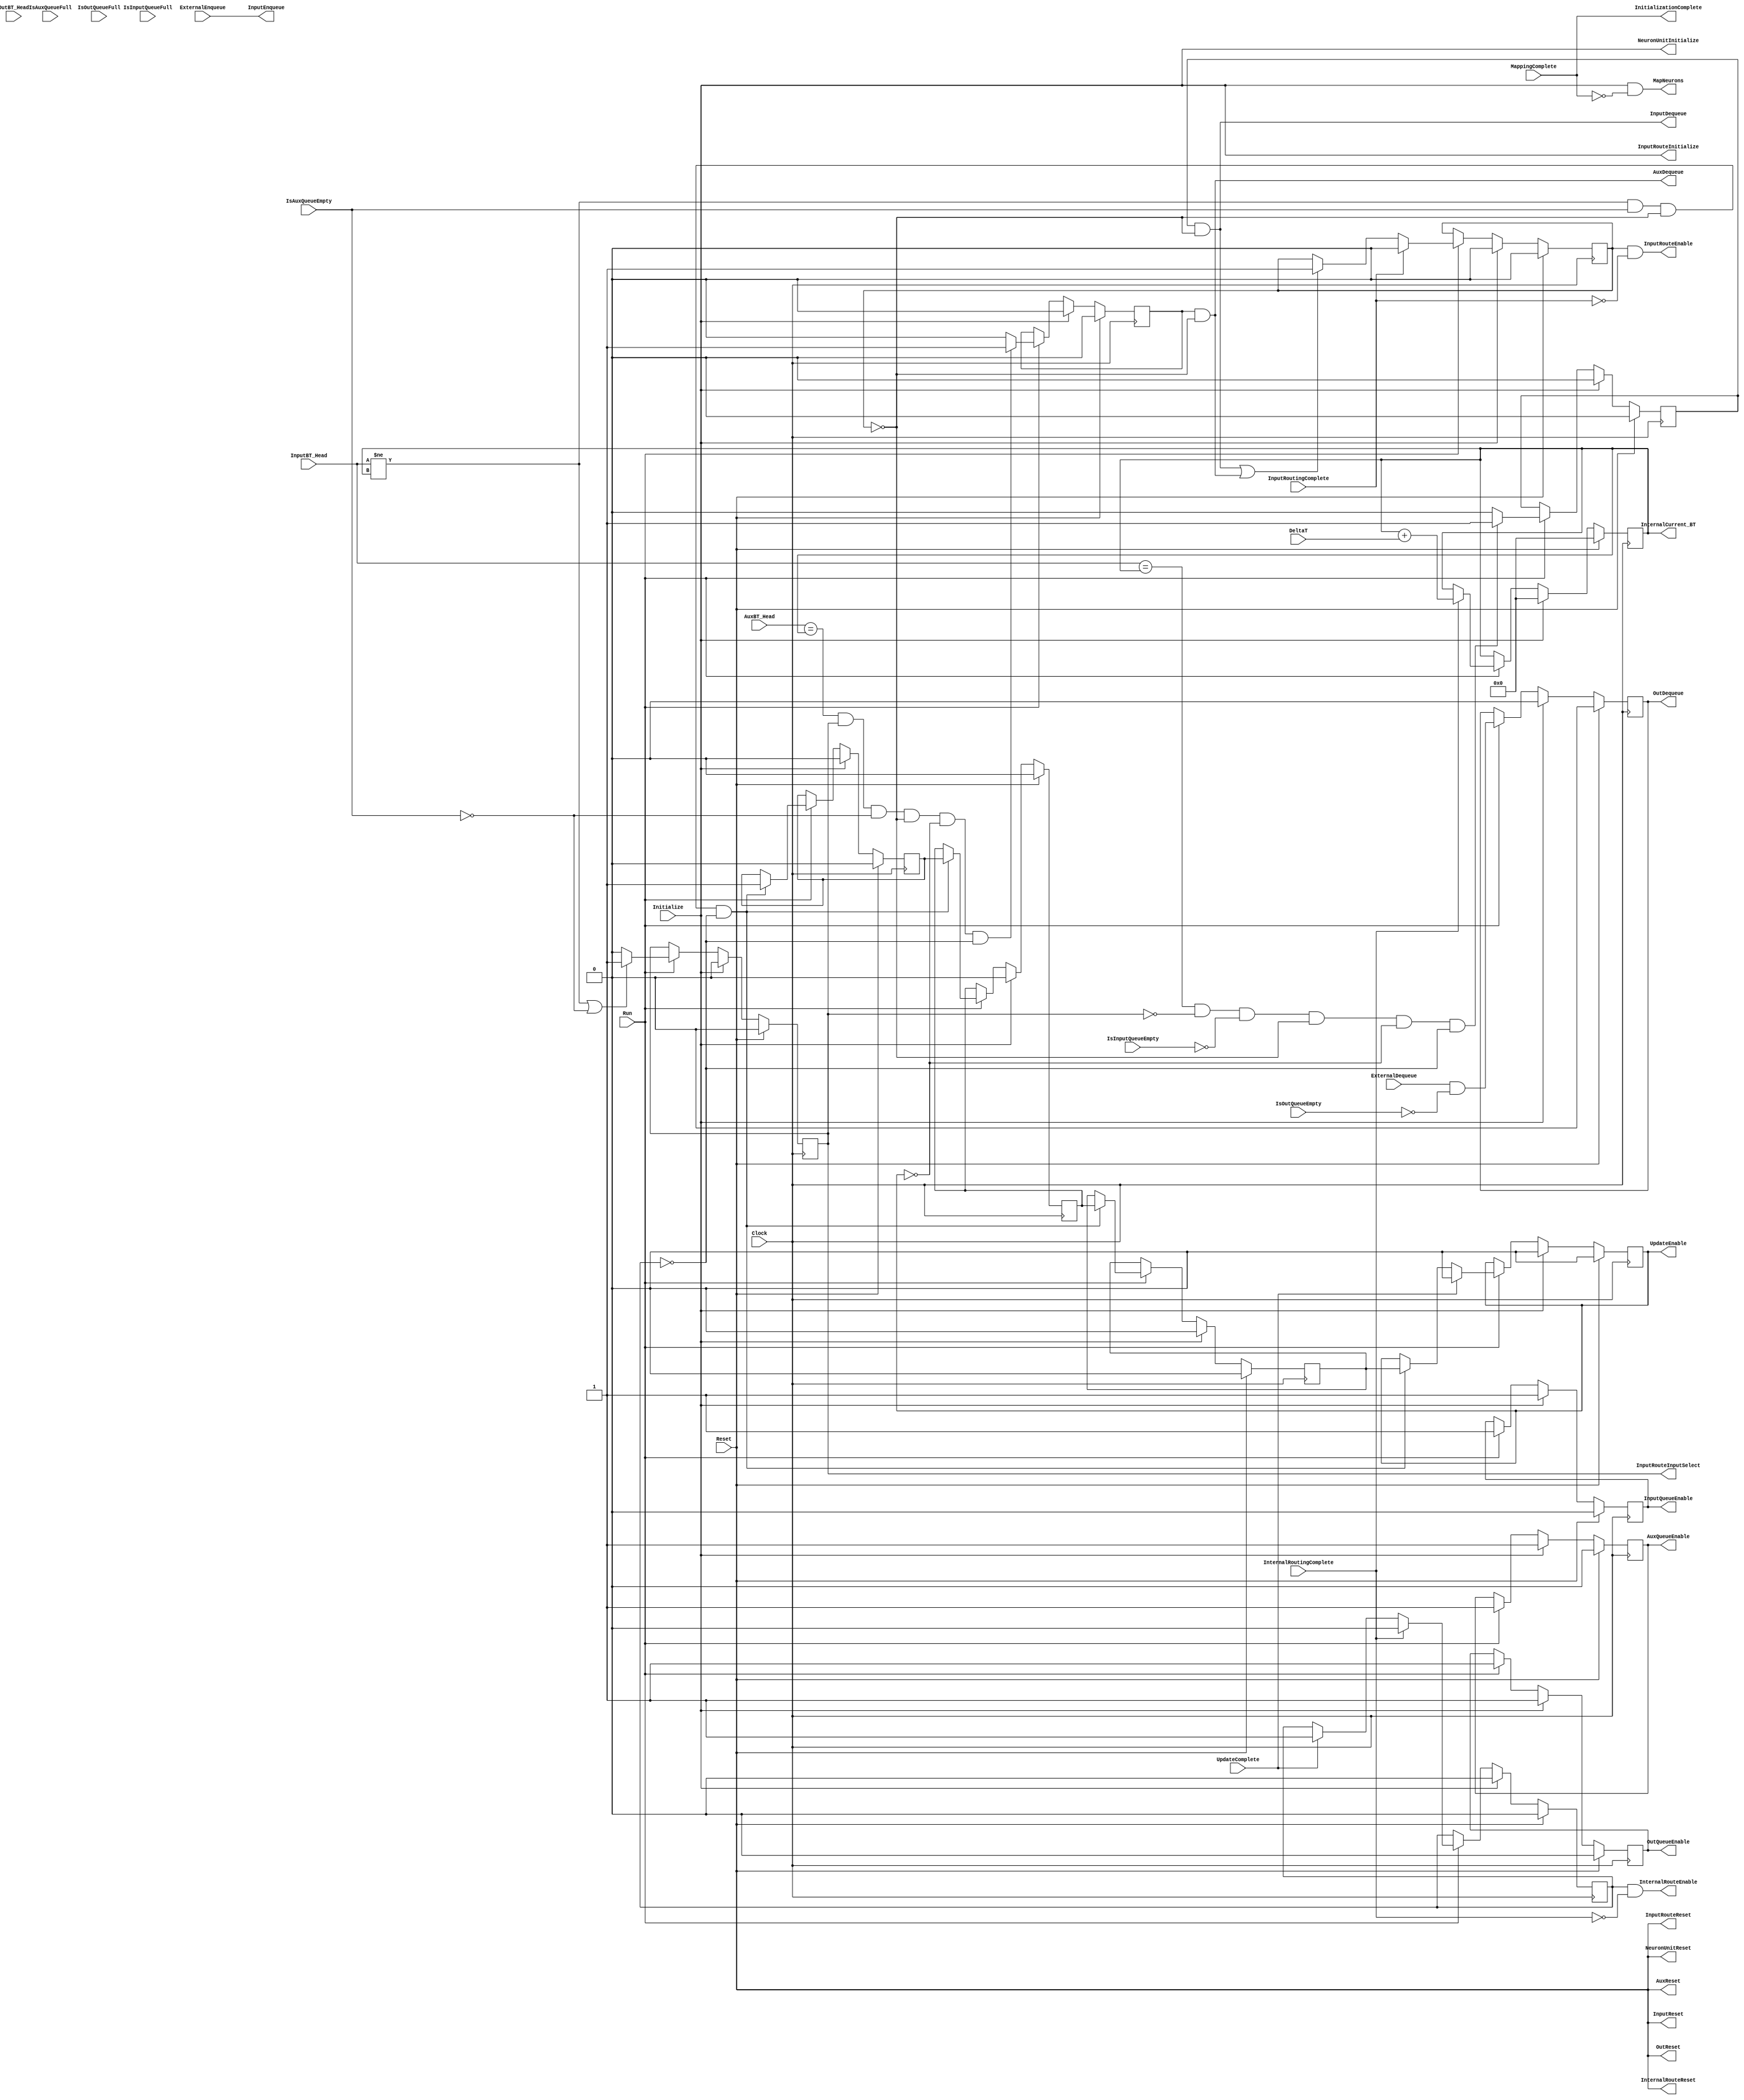
module SysControl
#(
	parameter BT_WIDTH = 36, 
	parameter DELTAT_WIDTH = 4
)

(
	//External Inputs
	input wire Clock,
	input wire Reset,
	input wire Initialize,
	input wire ExternalEnqueue, 			//For Input Queue
	input wire ExternalDequeue, 			//For Output Queue
	input wire Run,	
	
	//Global Inputs 
	input wire [(DELTAT_WIDTH-1):0] DeltaT,

	//Input FIFO Queue
	input wire IsInputQueueFull,
	input wire IsInputQueueEmpty,
	input wire [(BT_WIDTH-1):0] InputBT_Head,
	
	output wire InputReset,	
	output reg InputQueueEnable,
	output wire InputEnqueue,
	output wire InputDequeue,

	
	//Auxiliary Queue
	input wire IsAuxQueueFull,
	input wire IsAuxQueueEmpty,
	input wire [(BT_WIDTH-1):0] AuxBT_Head,

	output wire AuxReset,
	output reg AuxQueueEnable,
	//output reg AuxEnqueue,				--> Recieved directly from Internal Router to Auxiliary Queue
	output wire AuxDequeue,


	//Output Queue
	input wire IsOutQueueFull,
	input wire IsOutQueueEmpty,
	input wire [(BT_WIDTH-1):0] OutBT_Head,

	output wire OutReset,
	output reg OutQueueEnable,
	//output reg OutEnqueue,				--> Recieved directly from Internal Router to Output Queue
	output wire OutDequeue,
	
	//IRIS Switch
	output wire InputRouteInputSelect,		//LOW - InputQueue ; HIGH - InternalQueue
	
	//Input Router 
	input wire InputRoutingComplete,
	
	output wire InputRouteReset,
	output wire InputRouteInitialize, 
	output wire InputRouteEnable,

	
	//Internal Router 
	input wire InternalRoutingComplete,

	output wire InternalRouteReset,
	output wire [(BT_WIDTH-1):0] InternalCurrent_BT,
	output wire InternalRouteEnable,
	

	//NeuronUnit
	
	input wire MappingComplete,
	input wire UpdateComplete,
	
	output wire NeuronUnitReset,
	output wire NeuronUnitInitialize,
	output wire MapNeurons,
	output wire UpdateEnable,        				
	//and also InputRouteEnable


	//Top level Output
	output wire InitializationComplete
);


	reg [(BT_WIDTH-1):0] Current_BT; 
	wire [(BT_WIDTH-1):0] DeltaT_Extended; 

	//Intermediates
	reg InDQ, AuxDQ, OutDQ, InREn, IntREn, UEn1, UEn2, UEn3, UEn, IRIS ; 
	
	//Resets
	assign InputReset = Reset;
	assign AuxReset = Reset;
	assign OutReset = Reset;
	assign InputRouteReset = Reset;
	assign InternalRouteReset = Reset;	
	assign NeuronUnitReset = Reset;
	
	//Initializes
	assign InputRouteInitialize = Initialize; 
	assign NeuronUnitInitialize = Initialize;
	assign MapNeurons = Initialize && ~MappingComplete;
	
	//Wire Select
	assign DeltaT_Extended = {{BT_WIDTH-DELTAT_WIDTH{1'b0}},DeltaT};	//pad integer bits 

	//Outputs
	assign InputEnqueue = ExternalEnqueue;
	assign InputDequeue = InDQ && ~InREn;
	assign AuxDequeue = AuxDQ && ~InREn;
	assign OutDequeue = OutDQ;
	assign InputRouteEnable = InREn && ~InputRoutingComplete;
	assign InternalRouteEnable = IntREn && ~InternalRoutingComplete;

	assign UpdateEnable = UEn;

	assign InputRouteInputSelect = IRIS;
	assign InternalCurrent_BT = Current_BT;
	
	assign InitializationComplete = MappingComplete;
			

	always @ (posedge Clock) begin 
		
		if (Reset) begin 

			//Enables low
			InputQueueEnable <= 0;
			AuxQueueEnable <= 0;
			OutQueueEnable <= 0;
			InDQ <= 0;
			AuxDQ <= 0;
			OutDQ <= 0;
			IRIS <= 0;
			InREn <= 0;
			IntREn <= 0;
			UEn <= 0;
			UEn1 <= 0;
			UEn2 <= 0;
			UEn3 <= 0;
			
			//Biologitcal Time intialized to zero						
			Current_BT <= {BT_WIDTH{1'b0}};
	
		end

		else if (Initialize) begin 
	
			//Enables low
			InputQueueEnable <= 1;
			AuxQueueEnable <= 1;
			OutQueueEnable <= 1;
			InDQ <= 0;
			AuxDQ <= 0;
			OutDQ <= 0;
			IRIS <= 0;
			InREn <= 0;
			IntREn <= 0;
			UEn <= 0;	
			UEn1 <= 0;
			UEn2 <= 0;
			UEn3 <= 0;
			
			//Biologitcal Time intialized to zero						
			Current_BT <= {BT_WIDTH{1'b0}};
		end
	
		else if (Run) begin
	
			//All queues enabled always during a run 
			InputQueueEnable <= 1;
			AuxQueueEnable <= 1;
			OutQueueEnable <= 1;
			
			//Enqueues are decided either by Syscontrol or by leaf modules
			//AuxEnqueue --> By Internal Router
			//OutEnqueue --> By Internal Router 
			
			//Dequeues happen when respective queues are selected by IRIS, not empty, head BT matches current BT and none of the other processes (Route or Update) are enabled OR externally asserted
			InDQ <= (InputBT_Head == Current_BT && ~InputRouteInputSelect && ~IsInputQueueEmpty && ~InREn && ~UEn && ~IntREn) ? 1'b1 : 1'b0;
			AuxDQ <= (AuxBT_Head == Current_BT && InputRouteInputSelect && ~IsAuxQueueEmpty && ~InREn && ~UEn && ~IntREn) ? 1'b1 : 1'b0;
			OutDQ <= ExternalDequeue && ~IsOutQueueEmpty;

			//When Input Queue head matches Current_BT, IRIS selects Input otherwise selects Auxiliary			
			IRIS <=  (InputBT_Head != Current_BT || ~IsAuxQueueEmpty) ? 1'b1 : 1'b0;

			if (InputDequeue || AuxDequeue) begin 
		
				InREn <= 1'b1;
			end
			else;
			
			if (InputRoutingComplete) begin 
		
				InREn <= 1'b0;
			end
			else;

			if ((InputBT_Head != Current_BT) && (IsAuxQueueEmpty) && ~InREn && ~IntREn) begin

				//System Controller provides finite HIATUS between Event Router and Neuron Unit Update Activity through Dummy Register buffers
				UEn1 <= 1'b1;
				UEn2 <= UEn1;
				UEn3 <= UEn2;
				UEn <= UEn3; 
				
			end
			else;			

			if (UpdateComplete) begin 
		
				UEn <= 1'b0;
				IntREn <= 1'b1;	
			end
			else;
				
			if(InternalRoutingComplete) begin 
		
				IntREn <= 1'b0;
				Current_BT <= Current_BT + DeltaT_Extended;

			end
			else;
				
		end

	end




endmodule